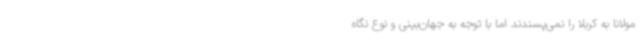
مولانا به کربلا را نمی‌پسندند اما با توجه به جهان‌بینی و نوع نگاه